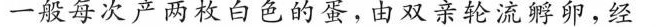
一般每次产两枚白色的蛋，由双亲轮流孵卵，经